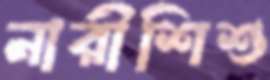
নারীশিশু